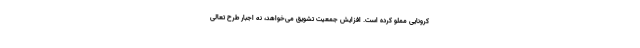
کرونایی مملو کرده است. افزایش جمعیت تشویق می‌خواهد، نه اجبار طرح تعالی